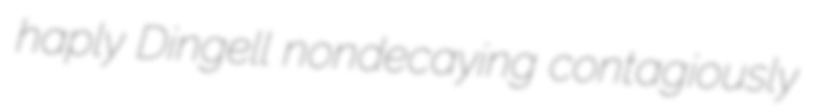
haply Dingell nondecaying contagiously